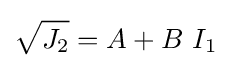
{\sqrt {J_{2}}}=A+B~I_{1}